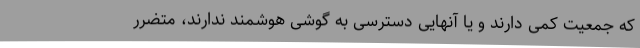
که جمعیت کمی دارند و یا آنهایی دسترسی به گوشی هوشمند ندارند، متضرر